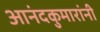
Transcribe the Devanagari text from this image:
आनंदकुमारांनी